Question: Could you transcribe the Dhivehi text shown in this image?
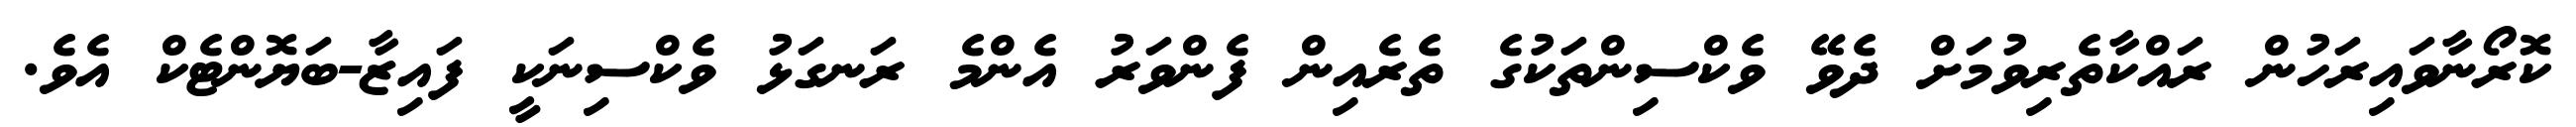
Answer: ކޮރޯނާވައިރަހުން ރައްކާތެރިވުމަށް ދެވޭ ވެކްސިންތަކުގެ ތެރެއިން ފެންވަރު އެންމެ ރަނގަޅު ވެކްސިނަކީ ފައިޒާ-ބަޔޮންޓެކް އެވެ.